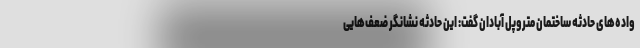
واده‌های حادثه ساختمان متروپل آبادان گفت: این حادثه نشانگر ضعف‌هایی